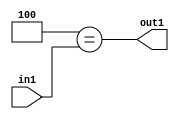
`timescale 1ps / 1ps
/*****************************************************************************
    Verilog RTL Description
    
    
    Created by: Stratus DpOpt 21.05.01 
*******************************************************************************/

module dut_Eqi4u3_4 (
	in1,
	out1
	); /* architecture "behavioural" */ 
input [2:0] in1;
output  out1;
wire  asc001;

assign asc001 = (8'B00000100==in1);

assign out1 = asc001;
endmodule

/* CADENCE  urXxSAw= : u9/ySxbfrwZIxEzHVQQV8Q== ** DO NOT EDIT THIS LINE ******/